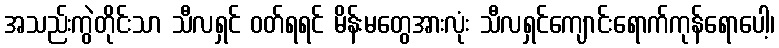
အသည်းကွဲတိုင်းသာ သီလရှင် ဝတ်ရရင် မိန်းမတွေအားလုံး သီလရှင်ကျောင်းရောက်ကုန်ရောပေါ့၊